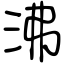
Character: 沸